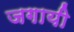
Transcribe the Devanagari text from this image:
जगायी